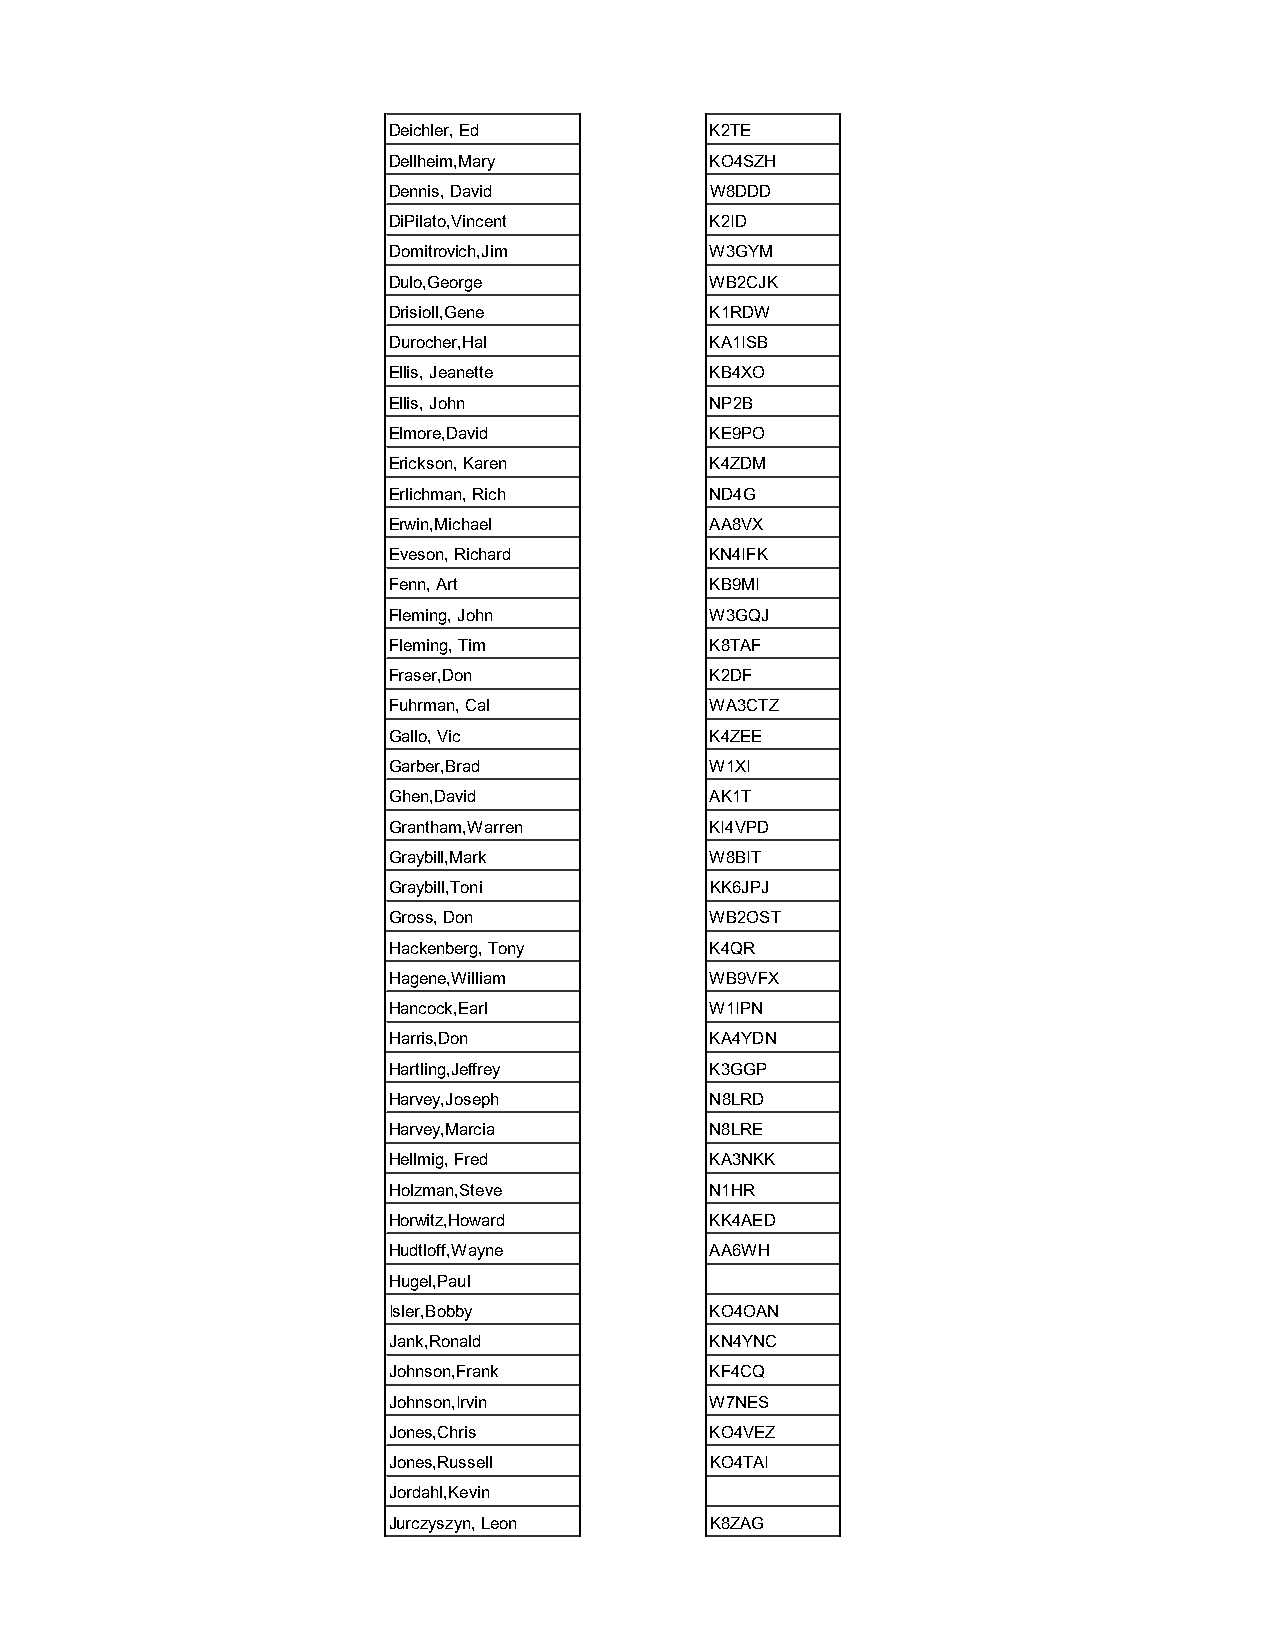
Deichler, Ed         K2TE
 Dellheim,Mary        KO4SZH
 Dennis, David        W8DDD
 DiPilato,Vincent     K2ID
 Domitrovich,Jim      W3GYM
 Dulo,George          WB2CJK
 Drisioll,Gene        K1RDW
 Durocher,Hal         KA1ISB
 Ellis, Jeanette      KB4XO
 Ellis, John          NP2B
 Elmore,David         KE9PO
 Erickson, Karen      K4ZDM
 Erlichman, Rich      ND4G
 Erwin,Michael        AA8VX
 Eveson, Richard      KN4IFK
 Fenn, Art            KB9MI
 Fleming, John        W3GQJ
 Fleming, Tim         K8TAF
 Fraser,Don           K2DF
 Fuhrman, Cal         WA3CTZ
 Gallo, Vic           K4ZEE
 Garber,Brad          W1XI
 Ghen,David           AK1T
 Grantham,Warren      KI4VPD
 Graybill,Mark        W8BIT
 Graybill,Toni        KK6JPJ
 Gross, Don           WB2OST
 Hackenberg, Tony     K4QR
 Hagene,William       WB9VFX
 Hancock,Earl         W1IPN
 Harris,Don           KA4YDN
 Hartling,Jeffrey     K3GGP
 Harvey,Joseph        N8LRD
 Harvey,Marcia        N8LRE
 Hellmig, Fred        KA3NKK
 Holzman,Steve        N1HR
 Horwitz,Howard       KK4AED
 Hudtloff,Wayne       AA6WH
 Hugel,Paul
 Isler,Bobby          KO4OAN
 Jank,Ronald          KN4YNC
 Johnson,Frank        KF4CQ
 Johnson,Irvin        W7NES
 Jones,Chris          KO4VEZ
 Jones,Russell        KO4TAI
 Jordahl,Kevin
 Jurczyszyn, Leon     K8ZAG